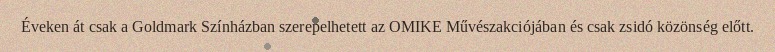
Éveken át csak a Goldmark Színházban szerepelhetett az OMIKE Művészakciójában és csak zsidó közönség előtt.